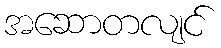
အဆောတလျင်